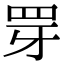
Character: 䍓